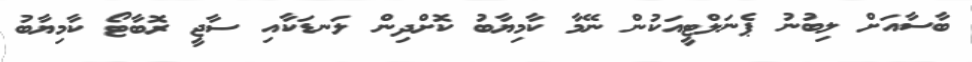
ބާސާއަށް ލިބުނު ޕެނަލްޓީއަކުން ނޭމާ ކާމިޔާބު ކޮށްދިން ލަނޑަކާއި ސާޖީ ރޮބާޓޯ ކާމިޔާބު